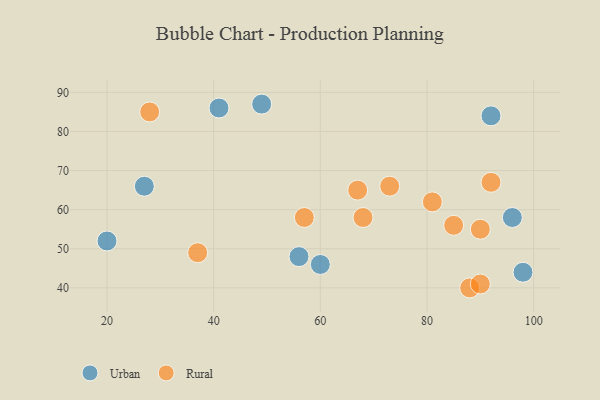
{"axis": {"x": "GDP", "y": "Life Expectancy"}, "legend": ["Rural", "Urban"], "data": [{"x": "98", "y": 44, "type": "Urban"}, {"x": "41", "y": 86, "type": "Urban"}, {"x": "49", "y": 87, "type": "Urban"}, {"x": "20", "y": 52, "type": "Urban"}, {"x": "92", "y": 84, "type": "Urban"}, {"x": "56", "y": 48, "type": "Urban"}, {"x": "27", "y": 66, "type": "Urban"}, {"x": "96", "y": 58, "type": "Urban"}, {"x": "60", "y": 46, "type": "Urban"}, {"x": "81", "y": 62, "type": "Rural"}, {"x": "28", "y": 85, "type": "Rural"}, {"x": "73", "y": 66, "type": "Rural"}, {"x": "88", "y": 40, "type": "Rural"}, {"x": "67", "y": 65, "type": "Rural"}, {"x": "68", "y": 58, "type": "Rural"}, {"x": "85", "y": 56, "type": "Rural"}, {"x": "92", "y": 67, "type": "Rural"}, {"x": "57", "y": 58, "type": "Rural"}, {"x": "90", "y": 55, "type": "Rural"}, {"x": "90", "y": 41, "type": "Rural"}, {"x": "37", "y": 49, "type": "Rural"}]}